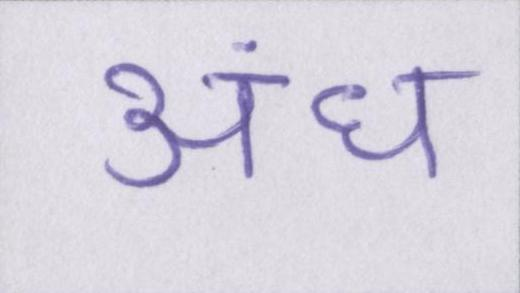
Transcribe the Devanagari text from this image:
अंध